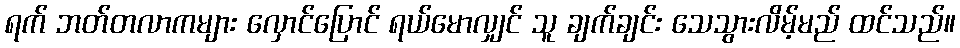
ရက် ဘတ်တလာကများ လှောင်ပြောင် ရယ်မောလျှင် သူ ချက်ချင်း သေသွားလိမ့်မည် ထင်သည်။